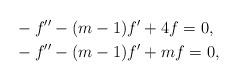
LaTeX: \begin{align*}&-f^{\prime\prime}-(m-1)f^{\prime}+4f=0,\\&-f^{\prime\prime}-(m-1)f^{\prime}+mf=0,\end{align*}